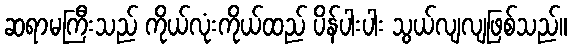
ဆရာမကြီးသည် ကိုယ်လုံးကိုယ်ထည် ပိန်ပါးပါး သွယ်လျလျဖြစ်သည်။